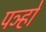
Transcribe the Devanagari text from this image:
पञ्हो